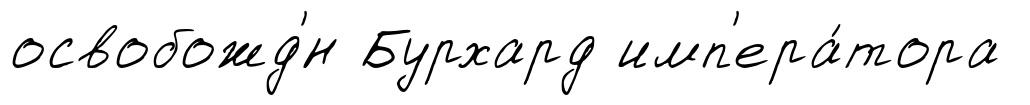
освобожд'́н Бурхард имп'ера́тора